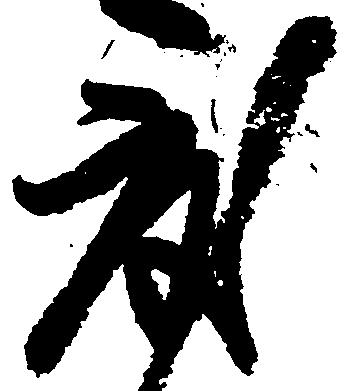
度